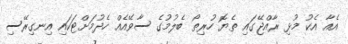
އެއާ އެކު މުޅި ރާއްޖޭގައި ތެޔޮ ހުރިތޯ ބެލުމުގެ ސާވޭއެއް ހެދުމަށްޓަކައި އިނގިރޭސި